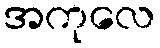
အကုလေ